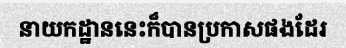
នាយកដ្ឋាននេះក៏បានប្រកាសផងដែរ